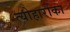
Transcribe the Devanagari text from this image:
त्योहारोंका